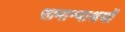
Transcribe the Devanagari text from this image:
सामान्याश्रयों